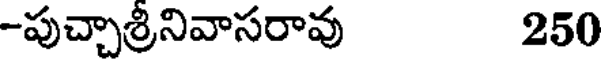
-పుచ్చాశ్రీనివాసరావు 250